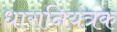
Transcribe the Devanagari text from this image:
धारानियंत्रक